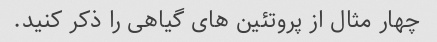
چهار مثال از پروتئین های گیاهی را ذکر کنید.